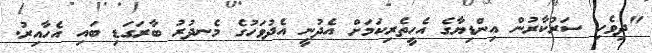
"ދިވެހި ސަރުކާރުން އިންޑިޔާގެ އެހީތެރިކަމަށް އެދުނީ އެދުވަހުގެ މެނދުރު ބާރަގަޑި ބައި އެހާއިރު.